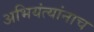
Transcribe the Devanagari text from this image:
अभियंत्यांनाच